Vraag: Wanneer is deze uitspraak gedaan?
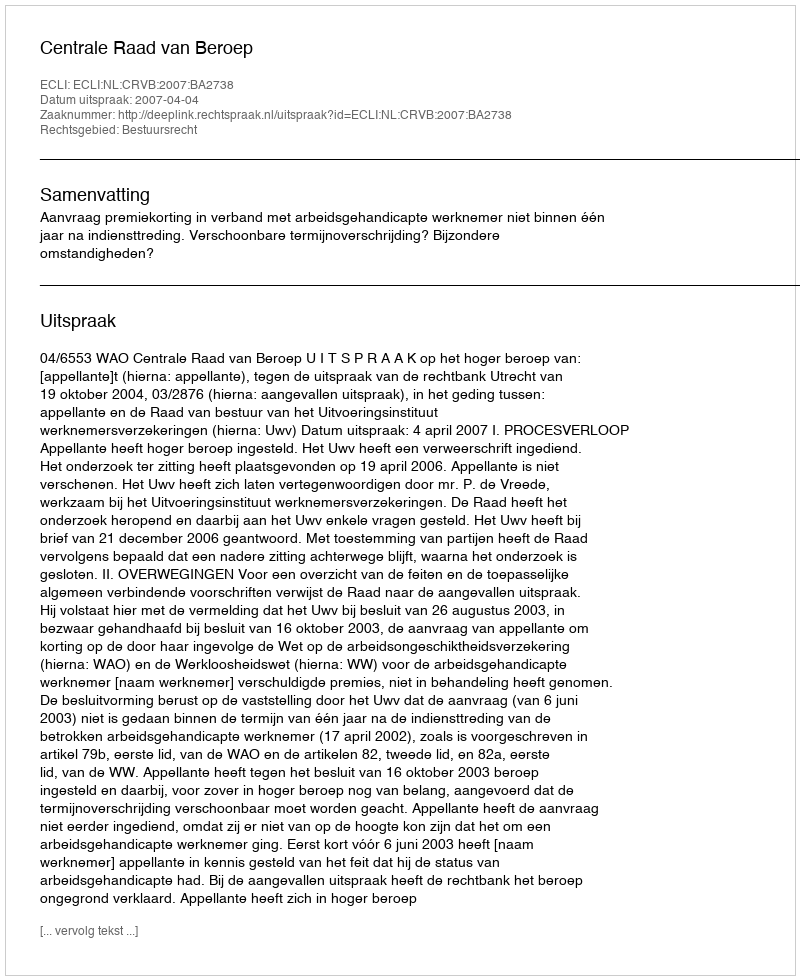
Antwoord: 2007-04-04